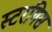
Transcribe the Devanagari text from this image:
स्टरगिस